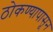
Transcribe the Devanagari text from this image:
ठोकण्यापासून